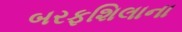
બરફશિલાના